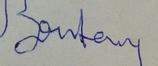
Signature authenticity: forged